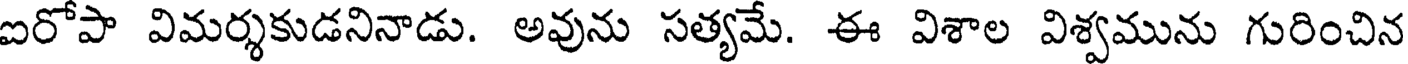
ఐరోపా విమర్శకుడనినాడు. అవును సత్యమే. ఈ విశాల విశ్వమును గురించిన